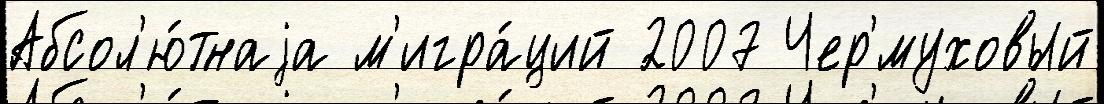
Абсол'ю́тнаjа м'игра́ций 2007 Чер'́муховый